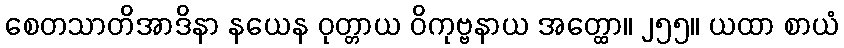
စေတသာတိအာဒိနာ နယေန ဝုတ္တာယ ဝိကုဗ္ဗနာယ အတ္ထော။ ၂၅၅။ ယထာ စာယံ